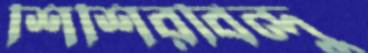
শিশিরবিন্দু